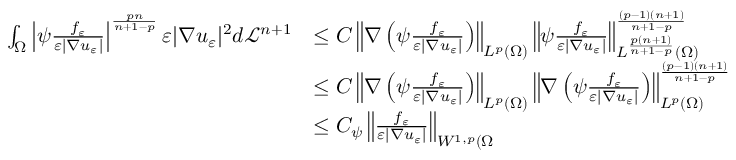
\begin{array} { r l } { \int _ { \Omega } \left| \psi \frac { f _ { \varepsilon } } { \varepsilon | \nabla u _ { \varepsilon } | } \right| ^ { \frac { p n } { n + 1 - p } } \varepsilon | \nabla u _ { \varepsilon } | ^ { 2 } d \mathcal L ^ { n + 1 } } & { \leq C \left\| \nabla \left( \psi \frac { f _ { \varepsilon } } { \varepsilon | \nabla u _ { \varepsilon } | } \right) \right\| _ { L ^ { p } ( \Omega ) } \left\| \psi \frac { f _ { \varepsilon } } { \varepsilon | \nabla u _ { \varepsilon } | } \right\| _ { L ^ { \frac { p ( n + 1 ) } { n + 1 - p } } ( \Omega ) } ^ { \frac { ( p - 1 ) ( n + 1 ) } { n + 1 - p } } } \\ & { \leq C \left\| \nabla \left( \psi \frac { f _ { \varepsilon } } { \varepsilon | \nabla u _ { \varepsilon } | } \right) \right\| _ { L ^ { p } ( \Omega ) } \left\| \nabla \left( \psi \frac { f _ { \varepsilon } } { \varepsilon | \nabla u _ { \varepsilon } | } \right) \right\| _ { L ^ { p } ( \Omega ) } ^ { \frac { ( p - 1 ) ( n + 1 ) } { n + 1 - p } } } \\ & { \leq C _ { \psi } \left\| \frac { f _ { \varepsilon } } { \varepsilon | \nabla u _ { \varepsilon } | } \right\| _ { W ^ { 1 , p } ( \Omega } } \end{array}